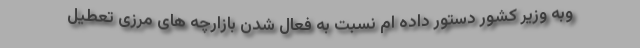
وبه وزیر کشور دستور داده ام نسبت به فعال شدن بازارچه های مرزی تعطیل